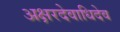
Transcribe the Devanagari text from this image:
अक्षरदेवाधिदेव